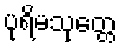
ပုရိမသုတ္တေ